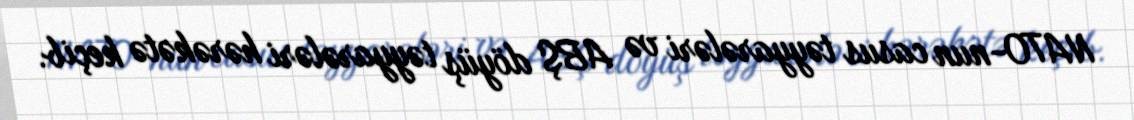
NATO-nun casus təyyarələri və ABŞ döyüş təyyarələri hərəkətə keçib.